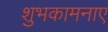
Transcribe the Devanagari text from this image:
शुभकामनाए